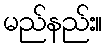
မည်နည်း။